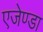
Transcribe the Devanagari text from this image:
एजेण्‍डा